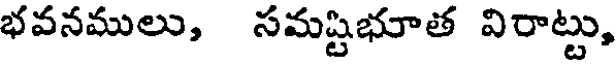
భవనములు, సమష్టభూత విరాట్టు,